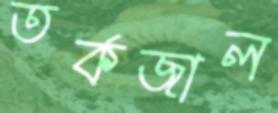
তর্কজাল